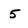
Character: 5